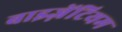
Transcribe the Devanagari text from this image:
बाइज़ेंटियम